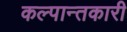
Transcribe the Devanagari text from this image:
कल्पान्तकारी